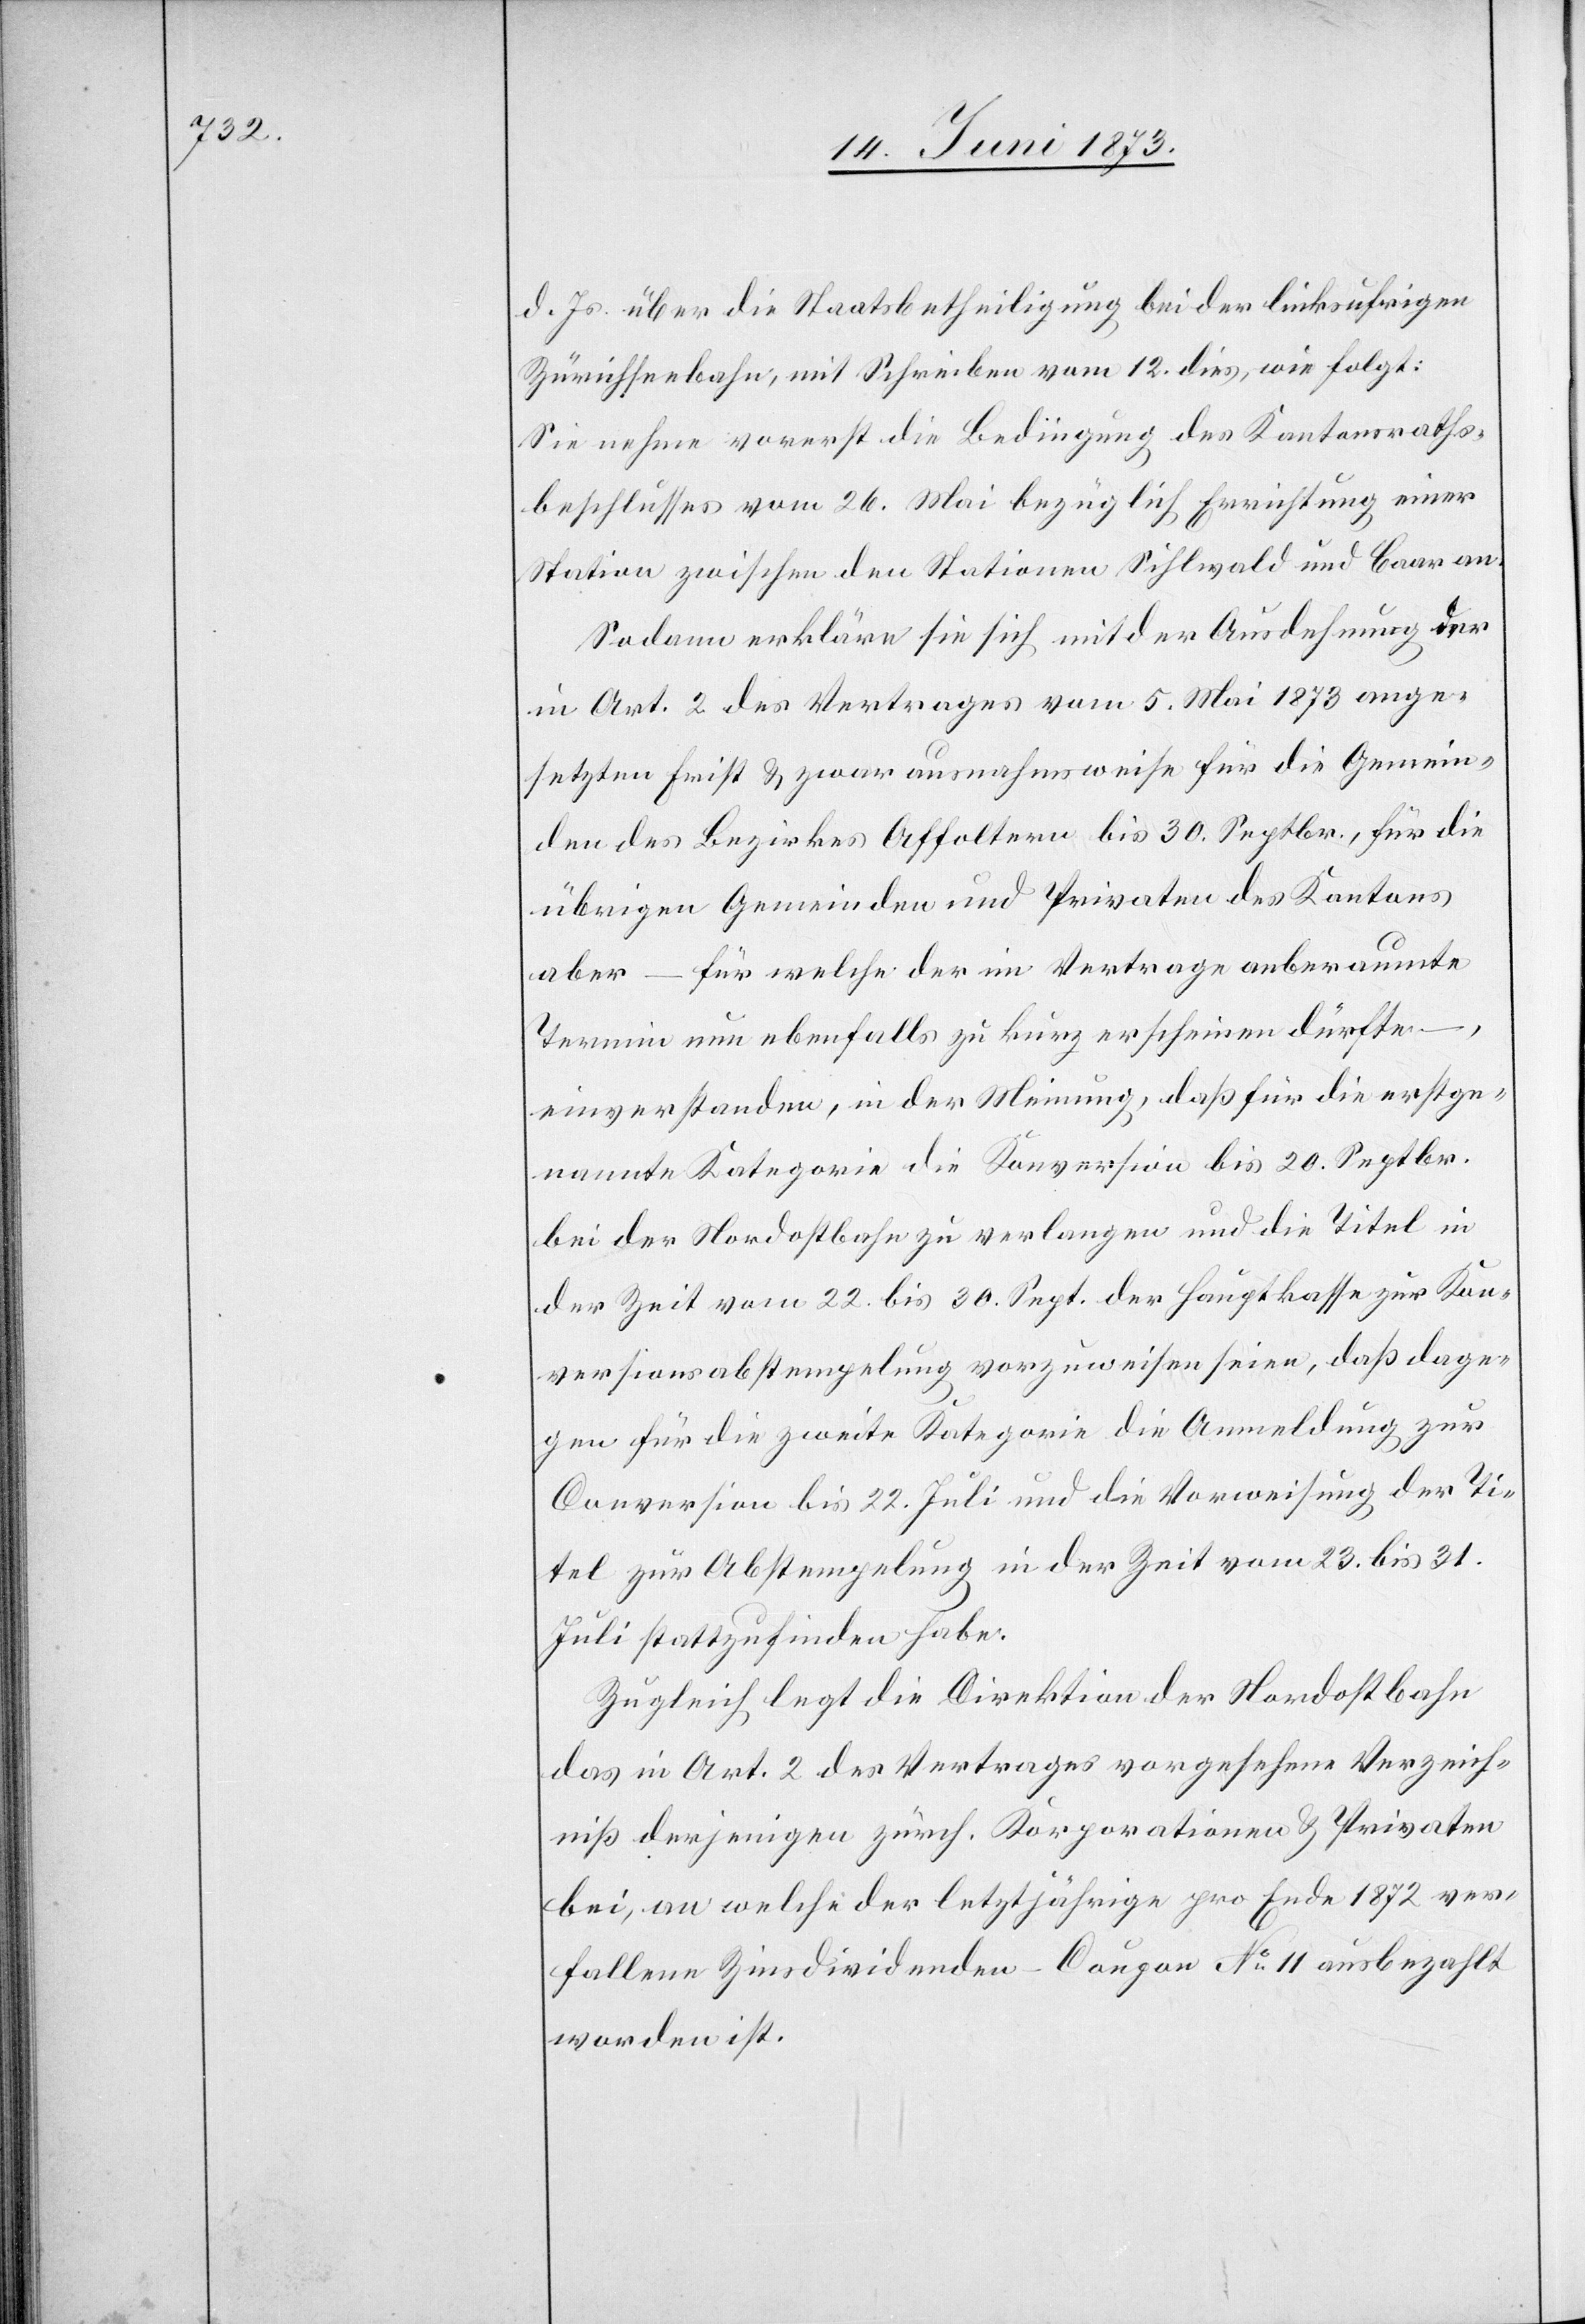
d. Js. über die Staatsbetheiligung bei der linksufrigen
Zürichseebahn, mit Schreiben vom 12. dies, wie folgt:
Sie nehme vorerst die Bedingung des Kantonsraths¬
beschlusses vom 26. Mai bezüglich Errichtung einer
Station zwischen den Stationen Sihlwald und Baar an.
Sodann erkläre sie sich mit der Ausdehnung der
in Art. 2 des Vertrages vom 5. Mai 1873 ange¬
setzten Frist & zwar ausnahmsweise für die Gemein¬
den des Bezirkes Affoltern bis 30. Septr., für die
übrigen Gemeinden und Privaten des Kantons
aber – für welche der im Vertrage anberaumte
Termin nun ebenfalls zu kurz erscheinen dürfte
einverstanden, in der Meinung, daß für die erstge¬
nannte Kategorie die Konversion bis 20. Septbr.
bei der Nordostbahn zu verlangen und die Titel in
der Zeit vom 22. bis 30. Sept. der Hauptkasse zur Kon¬
versionsabstempelung vorzuweisen seien, daß dage¬
gen für die zweite Kategorie die Anmeldung zur
Conversion bis 22. Juli und die Vorweisung der Ti¬
tel zur Abstempelung in der Zeit vom 23. bis 31.
Juli stattzufinden habe.
Zugleich legt die Direktion der Nordostbahn
das in Art. 2 des Vertrages vorgesehene Verzeich¬
niß derjenigen zürch. Korporationen & Privaten
bei, an welche der letztjährige pro Ende 1872 ver¬
fallene Zinsdividenden-Coupon No 11 ausbezahlt
worden ist.